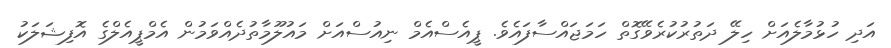
އަދި ހުޅުމާލެއަށް ހިލޭ ދަތުރުކުރެވޭގޮތް ހަމަޖައްސާފައެވެ. ޕީއެސްއެމް ނިއުސްއަށް މައުލޫމާތުދެއްވަމުން އެމްޕީއެލްގެ އޮފިޝަލަކު